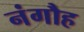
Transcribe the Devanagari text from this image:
नंगौह